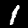
Label: 1